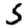
Digit: 5